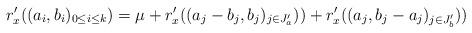
LaTeX: \begin{align*} r_x'((a_i,b_i)_{0 \leq i \leq k}) =\mu + r_x'( ( a_j -b_j , b_j )_{j \in J_a'} ))+ r_x'( ( a_j , b_j - a_j )_{j \in J_b'} ))\end{align*}